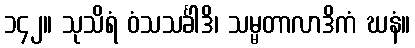
၁၄၂။ သုသိရံ ဝံသသင်္ခါဒိ၊ သမ္မတာလာဒိကံ ဃနံ။